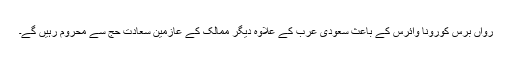
رواں برس کورونا وائرس کے باعث سعودی عرب کے علاوہ دیگر ممالک کے عازمین سعادت حج سے محروم رہیں گے۔